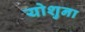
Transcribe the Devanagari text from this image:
योशुना